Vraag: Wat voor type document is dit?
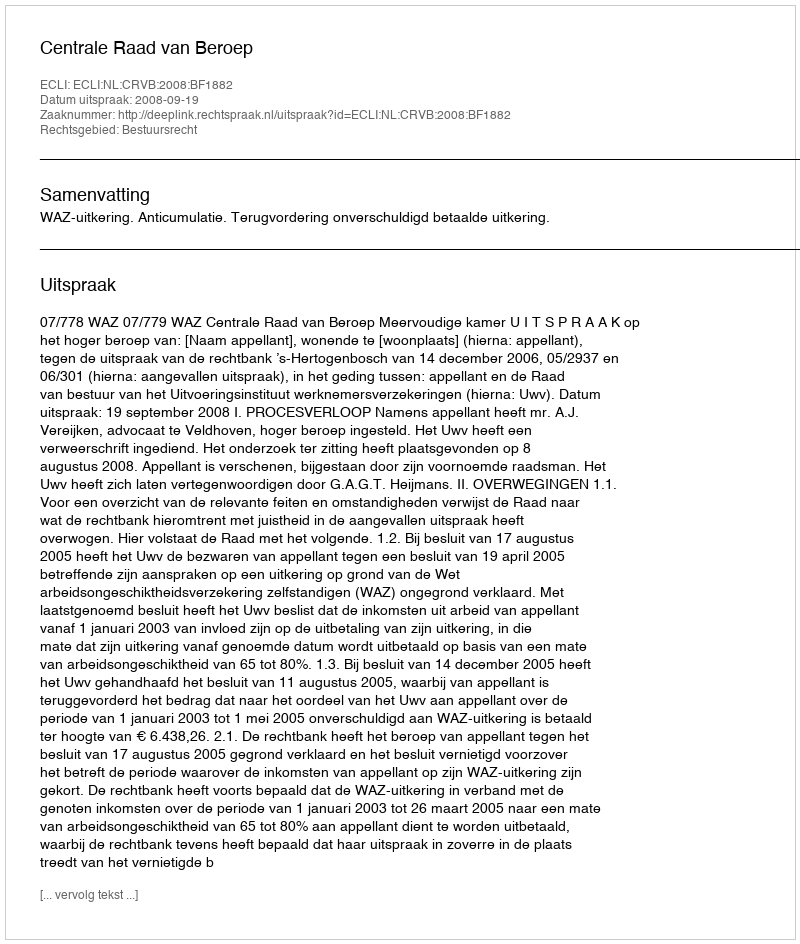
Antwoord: Uitspraak